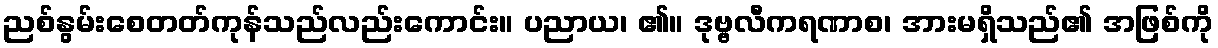
ညစ်နွမ်းစေတတ်ကုန်သည်လည်းကောင်း။ ပညာယ၊ ၏။ ဒုဗ္ဗလီကရဏာစ၊ အားမရှိသည်၏ အဖြစ်ကို